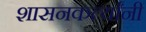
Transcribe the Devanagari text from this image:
शासनकर्त्यांनी